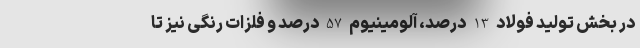
در بخش تولید فولاد 13 درصد، آلومینیوم 57 درصد و فلزات رنگی نیز تا